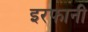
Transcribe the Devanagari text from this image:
इरफानी